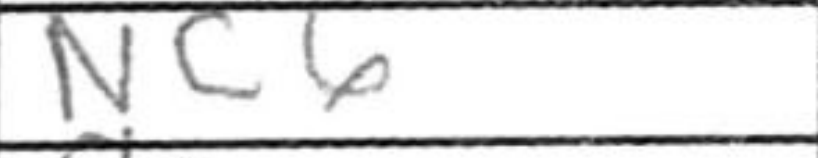
Transcription: Nc6